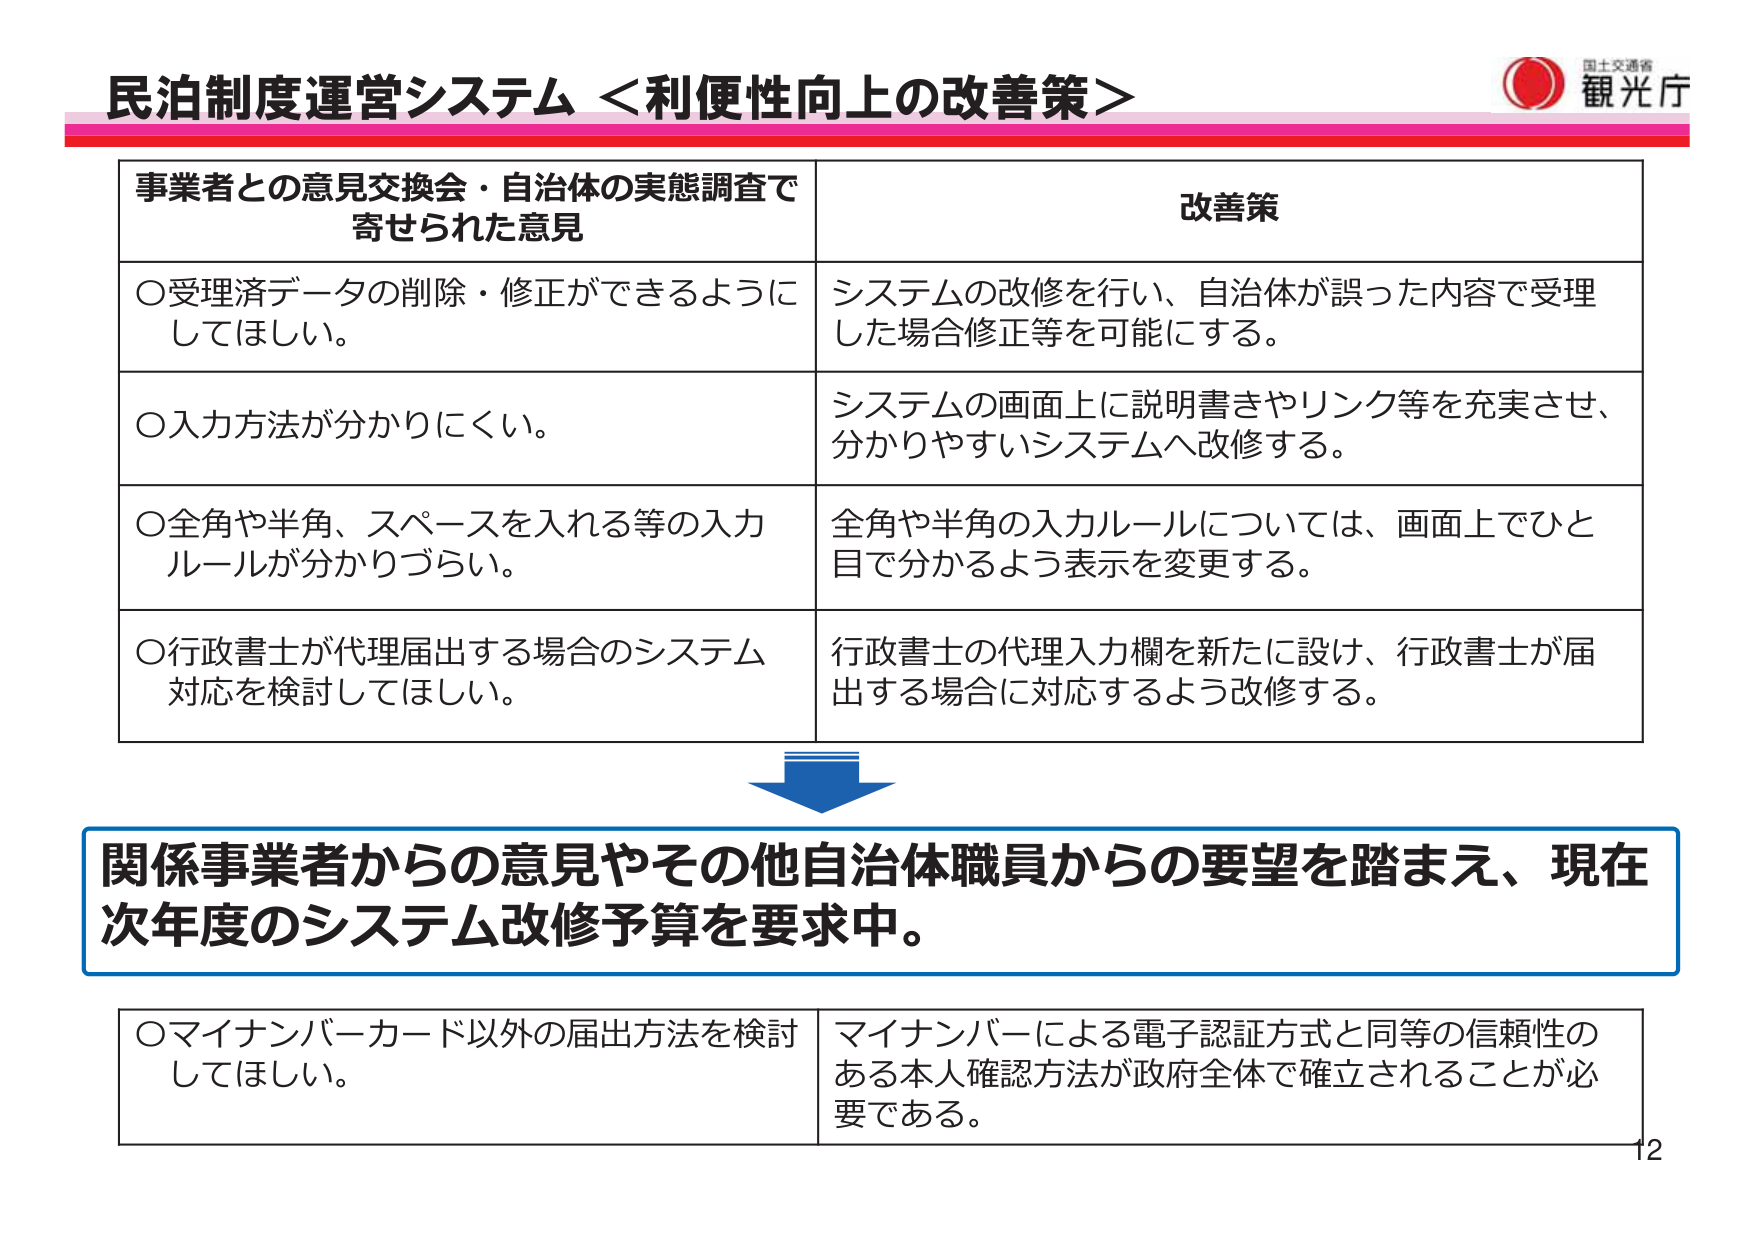
民泊制度運営システム ＜利便性向上の改善策＞

国士交通省
観光庁

事業者との意見交換会・自治体の実態調査で
寄せられた意見

○受理済データの削除・修正ができるように
してほしい。

○入力方法が分かりにくい。

○全角や半角、スペースを入れる等の入力
ルールが分かりづらい。

○行政書士が代理届出する場合のシステム
対応を検討してほしい。

改善策

システムの改修を行い、自治体が誤った内容で受理
した場合修正等を可能にする。

システムの画面上に説明書きやリンク等を充実させ、
分かりやすいシステムへ改修する。

全角や半角の入力ルールについては、画面上でひと
目で分かるよう表示を変更する。

行政書士の代理入力欄を新たに設計、行政書士が届
出する場合に対応するよう改修する。

関係事業者からの意見やその他自治体職員からの要望を踏まえ、現在
次年度のシステム改修予算を要求中。

○マイナンバーカード以外の届出方法を検討
してほしい。

マイナンバーによる電子認証方式と同等の信頼性の
ある本人確認方法が政府全体で確立されることが必
要である。

12